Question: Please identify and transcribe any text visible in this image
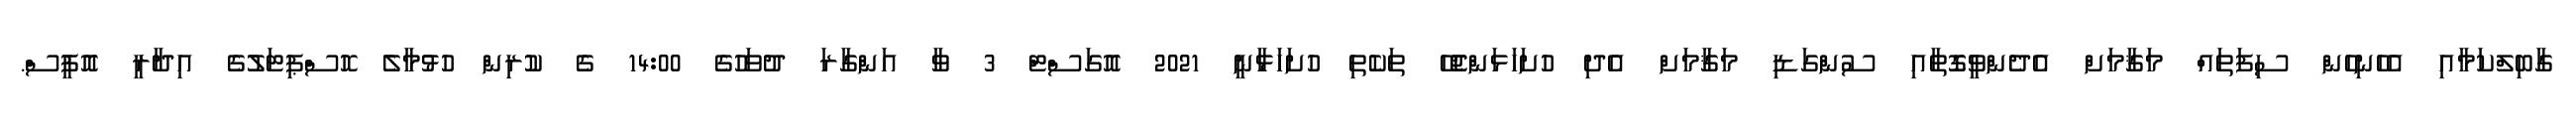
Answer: ގާބިލްކަމާއި އެހެނިހެން ސިފަތައް މަޤާމަށް އެދެންވީގޮތާއި ސުންގަޑި މަޤާމަށް އެދި ހުށަހަޅަންޖެހޭ ތަކެތި ހުށަހަޅާނީ 2021 އޮގަސްޓް 3 ވާ އަންގާރަ ދުވަހުގެ 14:00 ގެ ކުރިން ހުޅުމާލެ ހޮސްޕިޓަލުގެ އިދާރީ އޮފީސް.